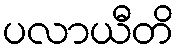
ပလာယီတိ